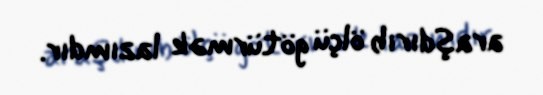
araşdırıb ölçü götürmək lazımdır.